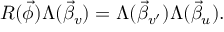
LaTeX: R ( \vec { \phi } ) \Lambda ( \vec { \beta } _ { v } ) = \Lambda ( \vec { \beta } _ { v ^ { \prime } } ) \Lambda ( \vec { \beta } _ { u } ) .